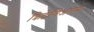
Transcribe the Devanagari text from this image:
क्रिटेशिअसया